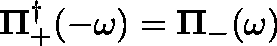
\mathbf { \Pi } _ { + } ^ { \dag } ( - \omega ) = \mathbf { \Pi } _ { - } ( \omega )